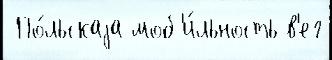
 По́льскаjа моб'и́льность в'ег